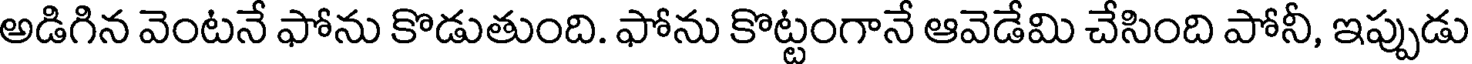
అడిగిన వెంటనే ఫోను కొడుతుంది. ఫోను కొట్టంగానే ఆవెడేమి చేసింది పోనీ, ఇప్పుడు